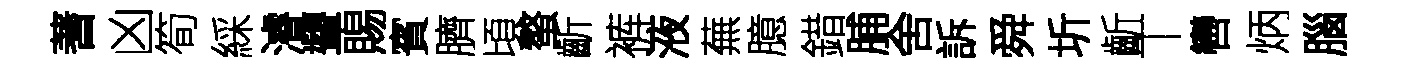
蓍凶筍綵濬顰賜賓臍頃螯齗裤液蕪臆錯脯舍訴舜圻齗丅轡炳腦